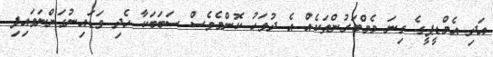
އަދި އެމްޑީޕީގެ ގިނަ މެމްބަރުންތަކެއް އެ ދުވަހު ކޮންމެވެސް ސަބަބަކާ ހެދި ވަޑައިނުގަންނަވައިފި